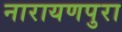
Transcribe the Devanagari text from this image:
नारायणपुरा